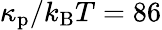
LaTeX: \kappa_{\mathrm{p}}/k_{\mathrm{B}}T=86